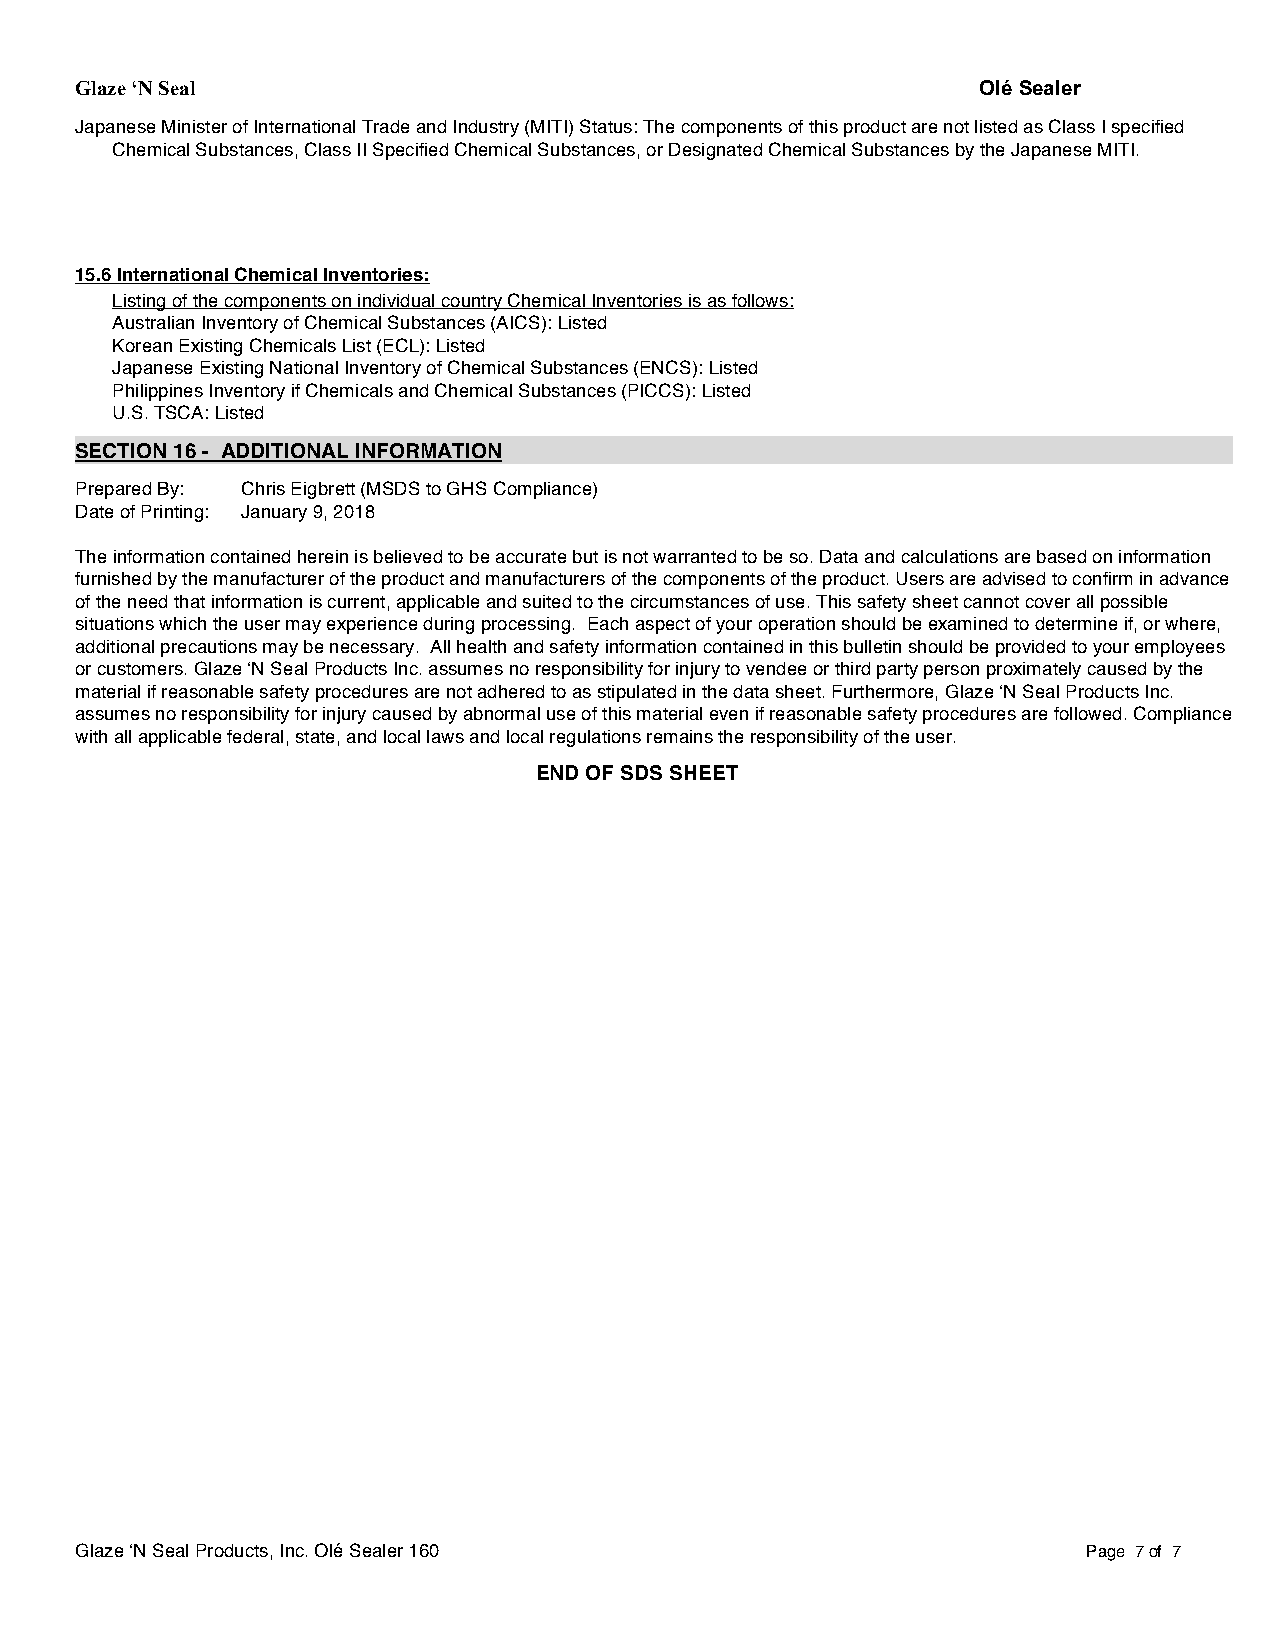
Glaze ‘N Seal                                               Olé Sealer
 Japanese Minister of International Trade and Industry (MITI) Status: The components of this product are not listed as Class I specified
 Chemical Substances, Class II Specified Chemical Substances, or Designated Chemical Substances by the Japanese MITI.
 15.6 International Chemical Inventories:
 Listing of the components on individual country Chemical Inventories is as follows:
 Australian Inventory of Chemical Substances (AICS): Listed
 Korean Existing Chemicals List (ECL): Listed
 Japanese Existing National Inventory of Chemical Substances (ENCS): Listed
 Philippines Inventory if Chemicals and Chemical Substances (PICCS): Listed
 U.S. TSCA: Listed
 SECTION 16 - ADDITIONAL INFORMATION
 Prepared By: Chris Eigbrett (MSDS to GHS Compliance)
 Date of Printing: January 9, 2018
 The information contained herein is believed to be accurate but is not warranted to be so. Data and calculations are based on information
 furnished by the manufacturer of the product and manufacturers of the components of the product. Users are advised to confirm in advance
 of the need that information is current, applicable and suited to the circumstances of use. This safety sheet cannot cover all possible
 situations which the user may experience during processing. Each aspect of your operation should be examined to determine if, or where,
 additional precautions may be necessary. All health and safety information contained in this bulletin should be provided to your employees
 or customers. Glaze ‘N Seal Products Inc. assumes no responsibility for injury to vendee or third party person proximately caused by the
 material if reasonable safety procedures are not adhered to as stipulated in the data sheet. Furthermore, Glaze ‘N Seal Products Inc.
 assumes no responsibility for injury caused by abnormal use of this material even if reasonable safety procedures are followed. Compliance
 with all applicable federal, state, and local laws and local regulations remains the responsibility of the user.
 END OF SDS SHEET
 Glaze ‘N Seal Products, Inc. Olé Sealer 160                        Page 7 of 7